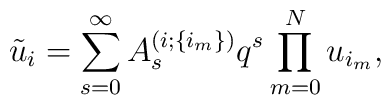
\tilde{u}_{i} = \sum^{\infty}_{s=0} A^{(i;\{ i_{m} \})}_{s} q^{s} \prod^{N}_{m=0} u_{i_{m}},